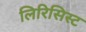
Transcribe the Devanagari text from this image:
लिरिसिस्ट